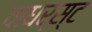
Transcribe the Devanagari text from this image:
वाधर्स्ट